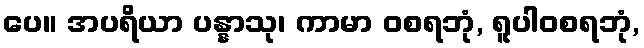
ပေ။ အပရိယာ ပန္နာသု၊ ကာမာ ဝစရဘုံ, ရူပါဝစရဘုံ,